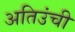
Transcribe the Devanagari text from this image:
अतिउंची